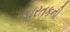
કારતકની